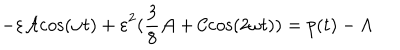
LaTeX: { - \varepsilon { \cal A } \mathrm { c } \mathrm { o } \mathrm { s } ( \omega t ) + \varepsilon } ^ { 2 } ( { \frac { 3 } { 8 } } { \cal A } + { \cal C } \mathrm { c } \mathrm { o } \mathrm { s } ( 2 \omega t ) ) = p ( t ) - \Lambda